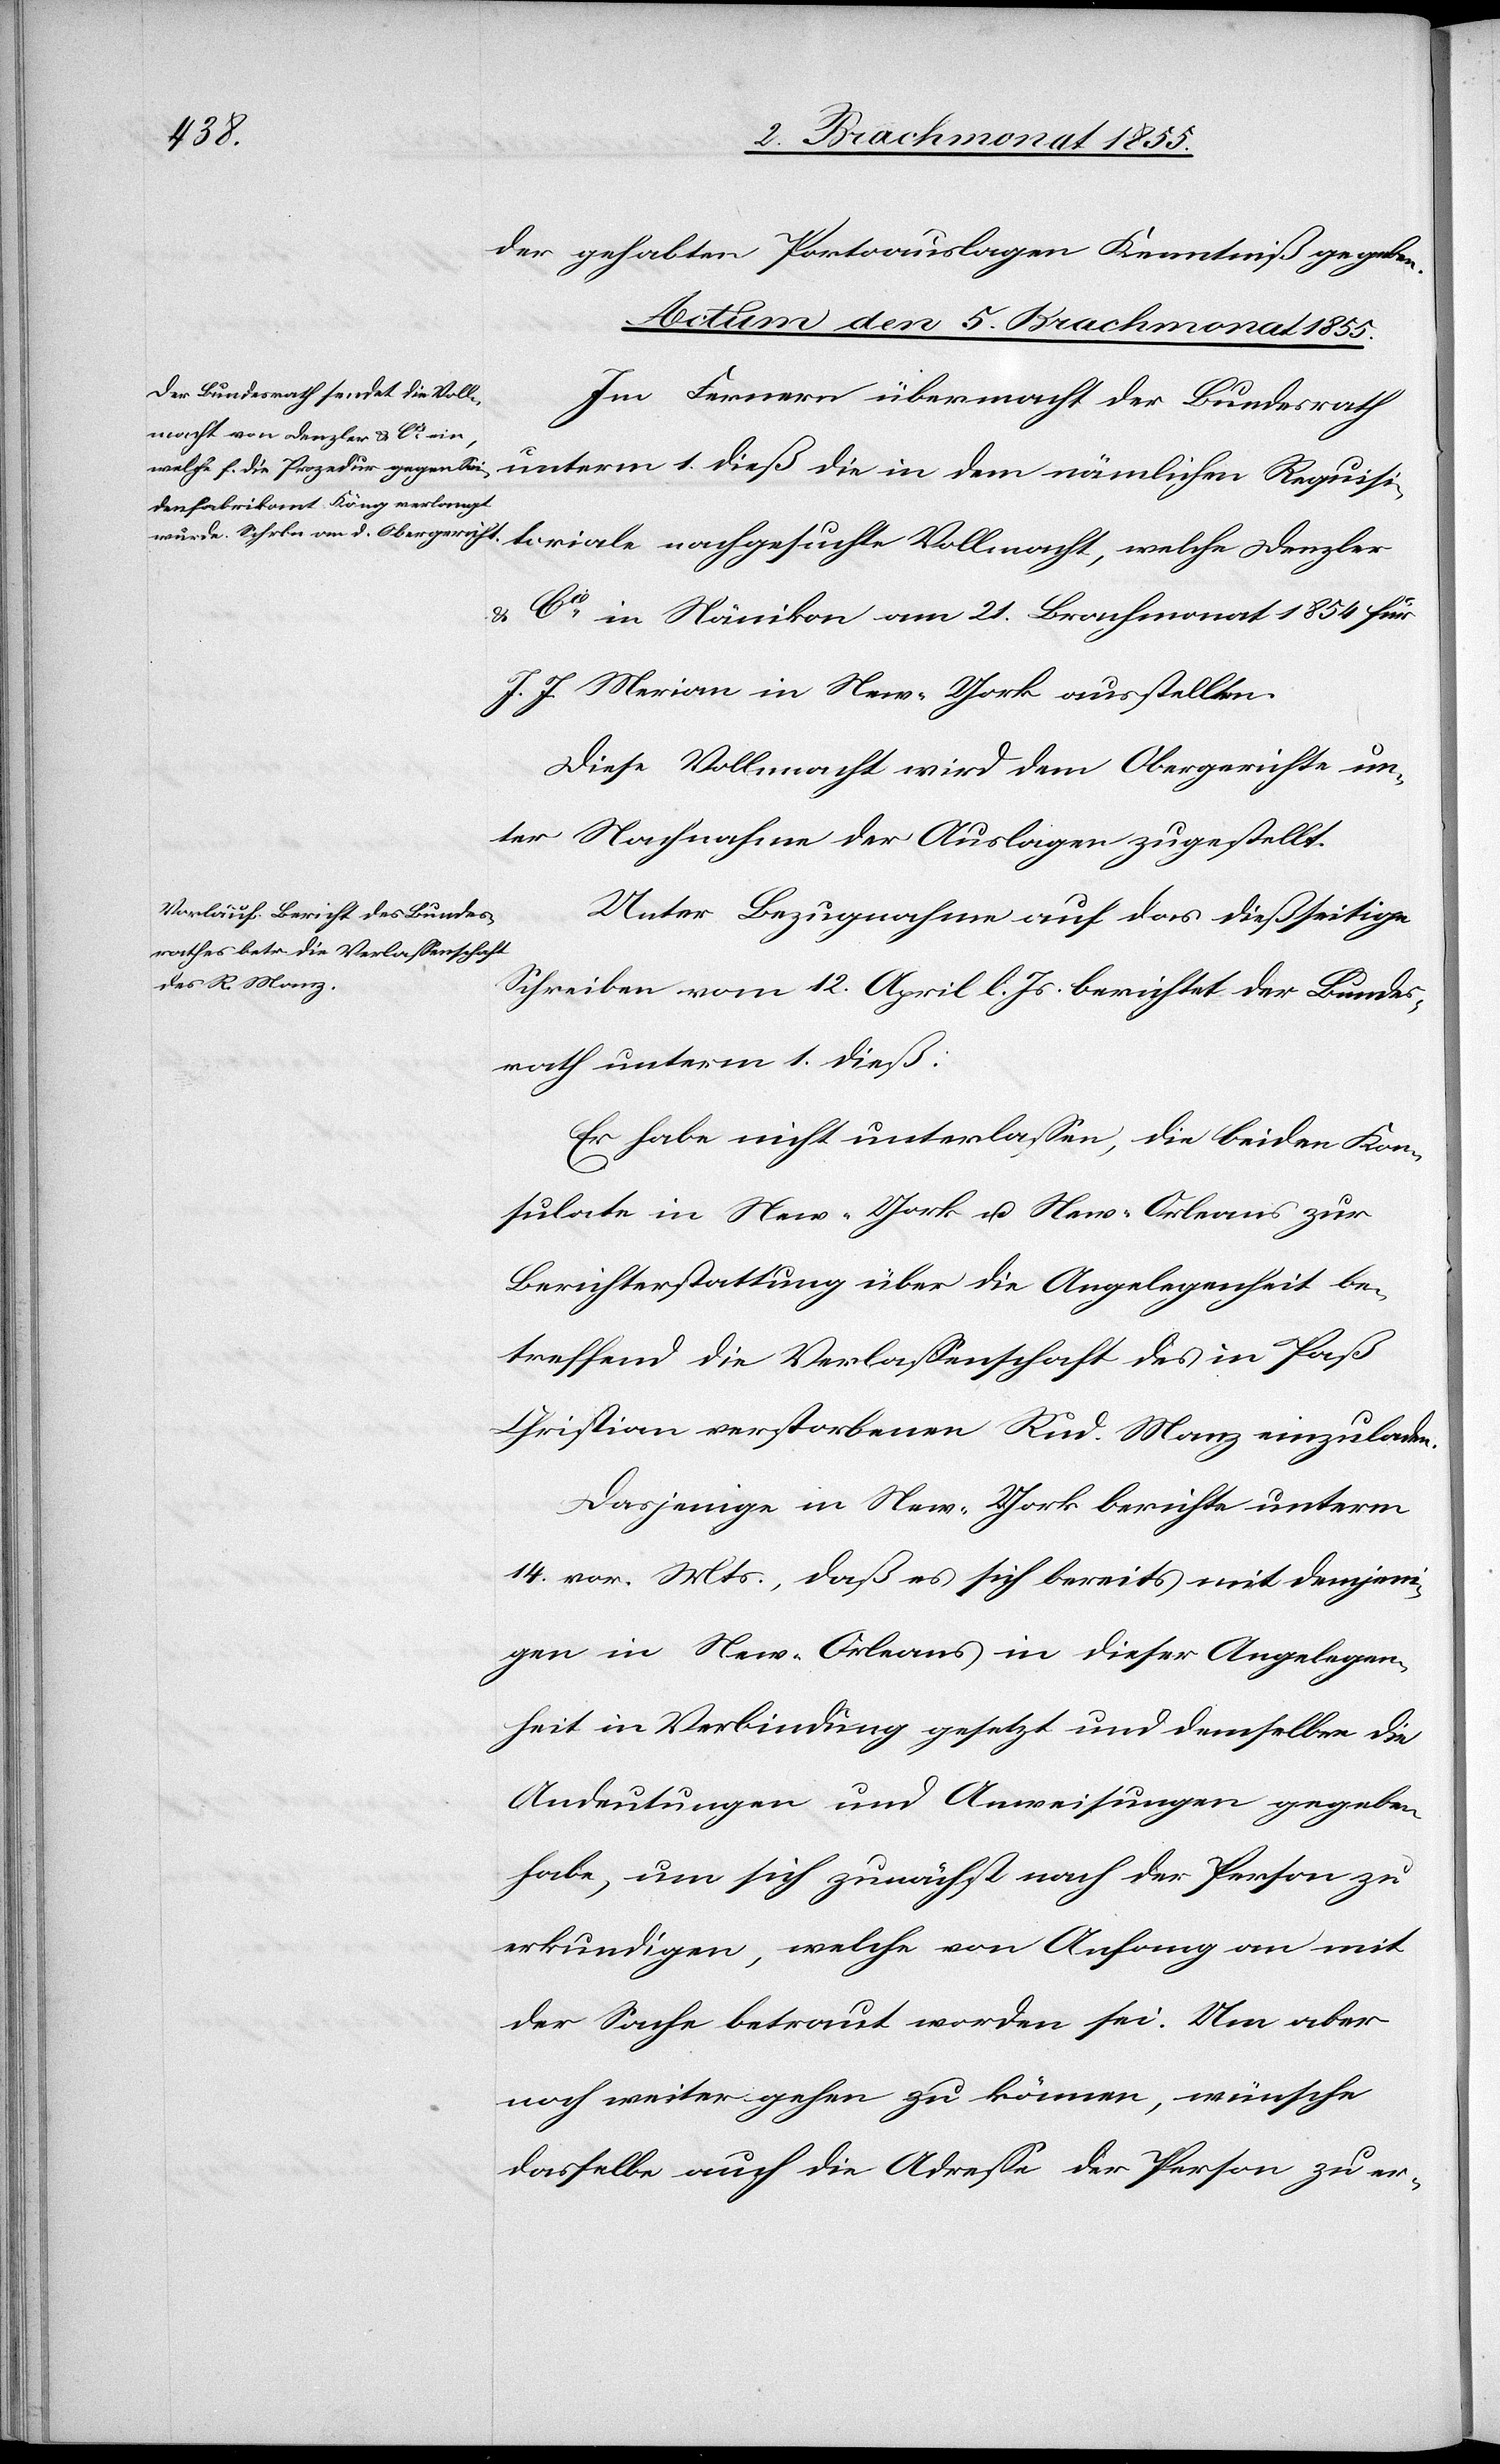
toriale
5. Brachmonat 1855.]
der gehabten Portoauslagen Kenntniß gegeben.
Im Fernern übermacht der Bundesrath
unterm 1. dieß die in dem nämlichen Requisi¬
Cie. in Nänikon am 21. Brachmonat 1854 für
J.
J. Merian in New-York ausstellten.
Diese Vollmacht wird dem Obergerichte un¬
ter Nachnahme der Auslagen zugestellt.
Unter Bezugnahme auf das dießseitige
Schreiben vom 12. April l. Js. berichtet der Bundes¬
rath unterm 1. dieß:
Er habe nicht unterlassen, die beiden Kon¬
sulate in New-York u. New-Orleans zur
Berichterstattung über die Angelegenheit be¬
treffend die Verlassenschaft des in Paß
Christian verstorbenen Rud. Manz einzuladen.
Dasjenige in New-York berichte unterm
14. vor. Mts., daß es sich bereits mit demjeni¬
gen in New-Orleans in dieser Angelegen¬
heit in Verbindung gesetzt und demselben die
Andeutungen und Anweisungen gegeben
habe, um sich zunächst nach der Person zu
erkundigen, welche von Anfang an mit
der Sache betraut worden sei. Um aber
noch weiter gehen zu können, wünsche
dasselbe auch die Adresse der Person zu er-